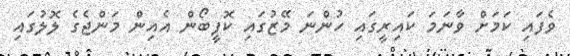
ވެފައި ކަމަށް ވާނަމަ ކައިރީގައި ހުންނަ މޭޒުގައި ކޮފީބޯން އެއިން މަންޖެގެ ލޮލުގައި